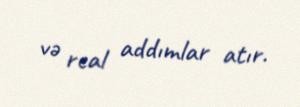
və real addımlar atır.